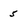
Character: 5